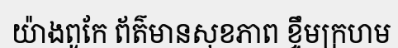
យ៉ាងពូកែ ព័ត៌មានសុខភាព ខ្ទឹមក្រហម